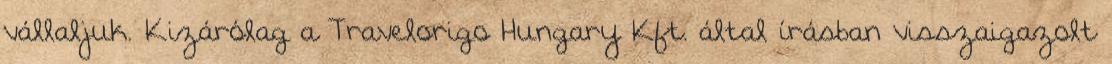
vállaljuk. Kizárólag a Travelorigo Hungary Kft. által írásban visszaigazolt